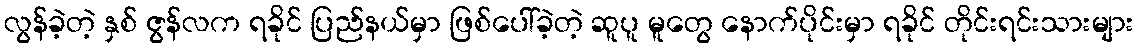
လွန်ခဲ့တဲ့ နှစ် ဇွန်လက ရခိုင် ပြည်နယ်မှာ ဖြစ်ပေါ်ခဲ့တဲ့ ဆူပူ မူတွေ နောက်ပိုင်းမှာ ရခိုင် တိုင်းရင်းသားများ